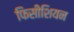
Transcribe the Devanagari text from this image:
फिसीशियन